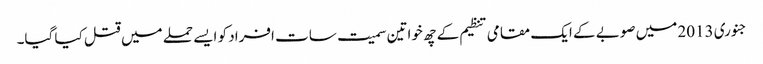
جنوری 2013 میں صوبے کے ایک مقامی تنظیم کے چھ خواتین سمیت سات افراد کو ایسے حملے میں قتل کیا گیا۔